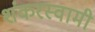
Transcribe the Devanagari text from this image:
शंकरस्वामी